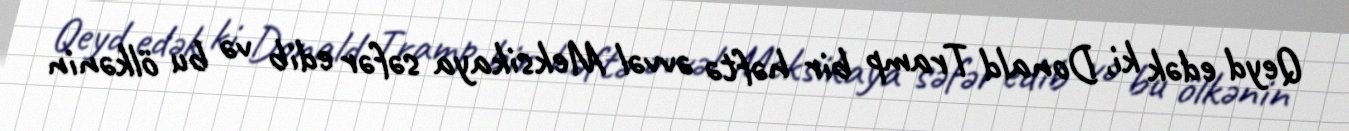
Qeyd edək ki, Donald Tramp bir həftə əvvəl Meksikaya səfər edib və bu ölkənin